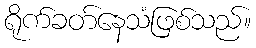
ရိုက်ခတ်နေသံဖြစ်သည်။